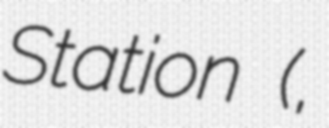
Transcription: Station (砂越駅,